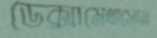
ডেক্সামেথাসোন